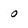
Character: 0